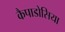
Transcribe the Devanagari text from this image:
कैपाडोसिया